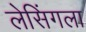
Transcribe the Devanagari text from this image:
लेसिंगला